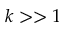
k > > 1